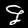
Label: 9